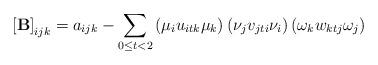
LaTeX: \begin{align*}\left[\mathbf{B}\right]_{ijk}=a_{ijk}-\sum_{0\le t<2}\left(\mu_{i}u_{itk}\mu_{k}\right)\left(\nu_{j}v_{jti}\nu_{i}\right)\left(\omega_{k}w_{ktj}\omega_{j}\right)\end{align*}